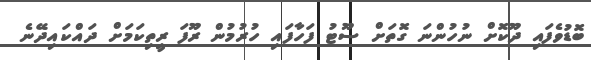
ބޮޑުވެފައި ދޫކޮށް ނުހުންނަ ގޮތަށް ސޫޓު ފަހާފައި ހުރުމުން ރޫފަ ރީތިކަމަށް ދައްކައިދޭނެ